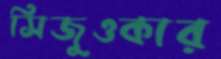
সিজুওকার